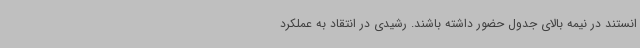
انستند در نیمه بالای جدول حضور داشته باشند. رشیدی در انتقاد به عملکرد